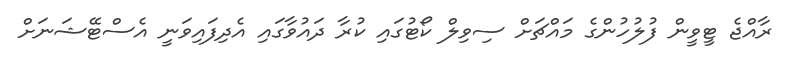
ރާއްޖެ ޓީވީން ފުލުހުންގެ މައްޗަށް ސިވިލް ކޯޓުގައި ކުރާ ދައުވާގައި އެދިފައިވަނީ އެސްޓޭޝަނަށް